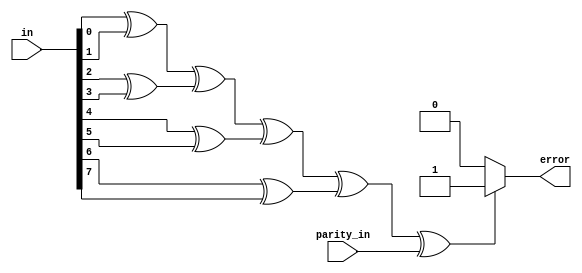

module parity_generator(input [7:0]in,input parity_in , output error);
  wire w1;
  assign w1 = (in[0] ^ in[1])^(in[2] ^ in[3])^(in[4] ^ in[5])^(in[6] ^ in[7]) ^ parity_in ;  
  assign error = w1 ? 1'b1 : 1'b0;
endmodule